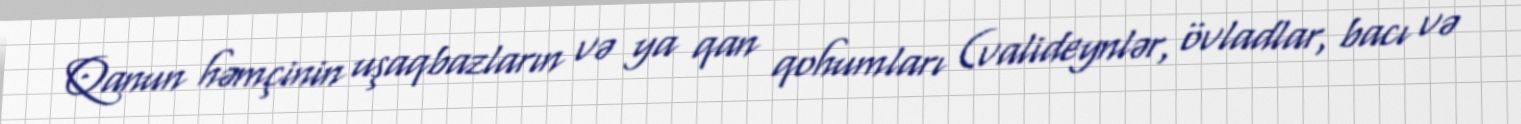
Qanun həmçinin uşaqbazların və ya qan qohumları (valideynlər, övladlar, bacı və